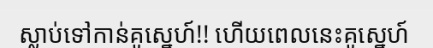
ស្លាប់ទៅកាន់គូស្នេហ៍!! ហើយពេលនេះគូស្នេហ៍